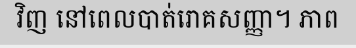
វិញ នៅពេលបាត់រោគសញ្ញា។ ភាព